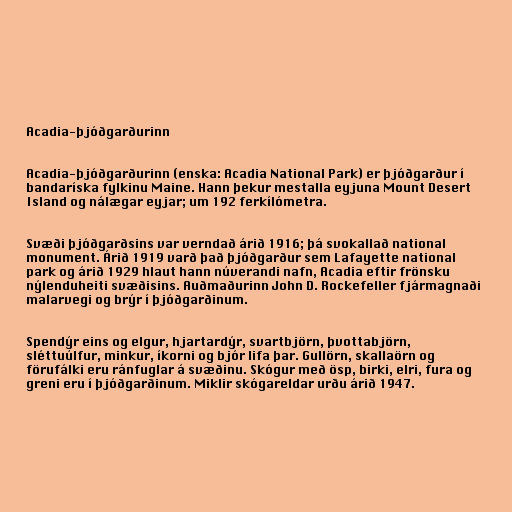
Acadia-þjóðgarðurinn

Acadia-þjóðgarðurinn (enska: Acadia National Park) er þjóðgarður í
bandaríska fylkinu Maine. Hann þekur mestalla eyjuna Mount Desert
Island og nálægar eyjar; um 192 ferkílómetra.

Svæði þjóðgarðsins var verndað árið 1916; þá svokallað national
monument. Árið 1919 varð það þjóðgarður sem Lafayette national
park og árið 1929 hlaut hann núverandi nafn, Acadia eftir frönsku
nýlenduheiti svæðisins. Auðmaðurinn John D. Rockefeller fjármagnaði
malarvegi og brýr í þjóðgarðinum.

Spendýr eins og elgur, hjartardýr, svartbjörn, þvottabjörn,
sléttuúlfur, minkur, íkorni og bjór lifa þar. Gullörn, skallaörn og
förufálki eru ránfuglar á svæðinu. Skógur með ösp, birki, elri, fura og
greni eru í þjóðgarðinum. Miklir skógareldar urðu árið 1947.